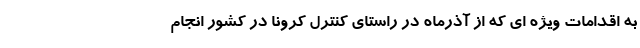
به اقدامات ویژه ای که از آذرماه در راستای کنترل کرونا در کشور انجام